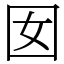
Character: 囡